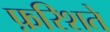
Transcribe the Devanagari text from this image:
फ़रिशते